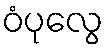
ဝံပုလွေ